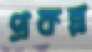
প্রকল্প